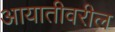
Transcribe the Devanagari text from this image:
आयातीवरील